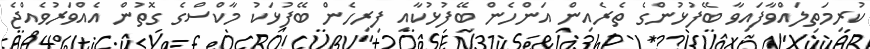
ކުރިމަތިލައްވާފައިވާ ބޭފުޅުންގެ ތެރެއިން އަންހެން ބޭފުޅުކާއި ފިރިހެން ބޭފުޅަކު މާކްސްގެ ގޮތުން އެއްވަރުވެއްޖެ